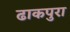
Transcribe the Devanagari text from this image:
ढाकपुरा